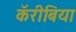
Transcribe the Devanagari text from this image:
कॅरीबिया